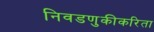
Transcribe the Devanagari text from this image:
निवडणुकीकरिता